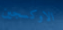
الاوكسجين